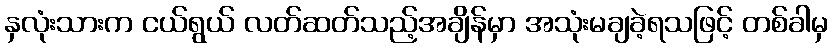
နှလုံးသားက ငယ်ရွယ် လတ်ဆတ်သည့်အချိန်မှာ အသုံးမချခဲ့ရသဖြင့် တစ်ခါမှ